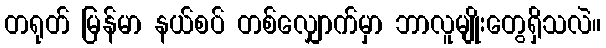
တရုတ် မြန်မာ နယ်စပ် တစ်လျှောက်မှာ ဘာလူမျိုးတွေရှိသလဲ။